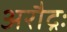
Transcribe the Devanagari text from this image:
अरौद्रः